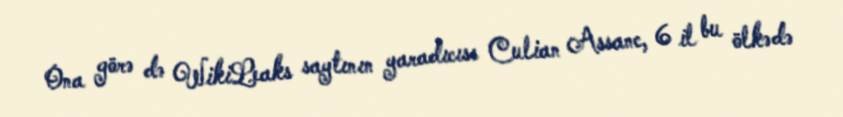
Ona görə də WikiLeaks saytının yaradıcısı Culian Assanc, 6 il bu ölkədə